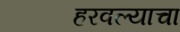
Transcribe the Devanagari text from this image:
हरवल्याचा